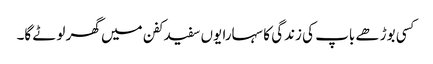
کسی بوڑھے باپ کی زندگی کا سہارا یوں سفید کفن میں گھر لوٹے گا۔